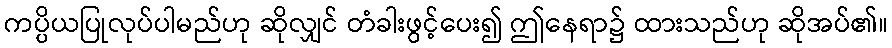
ကပ္ပိယပြုလုပ်ပါမည်ဟု ဆိုလျှင် တံခါးဖွင့်ပေး၍ ဤနေရာ၌ ထားသည်ဟု ဆိုအပ်၏။